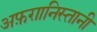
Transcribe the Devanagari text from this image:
अफ़ग़ानिस्तानी